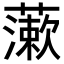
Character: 𧀌